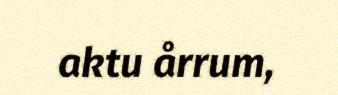
aktu årrum,